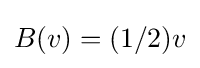
B(v)=(1/2)v